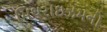
મિથરાઇઝમનો